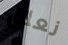
نعلق